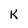
Character: k